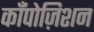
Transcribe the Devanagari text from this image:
काँपोज़िशन